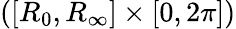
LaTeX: ([R_{0},R_{\infty}]\times[0,2\pi])